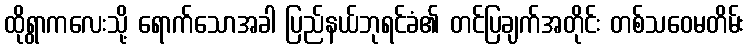
ထိုရွာကလေးသို့ ရောက်သောအခါ ပြည်နယ်ဘုရင်ခံ၏ တင်ပြချက်အတိုင်း တစ်သဝေမတိမ်း